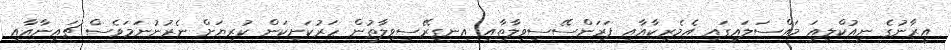
އީރާނުގެ ނިއުކްލިއަ މައްސަލައިގައި އެމެރިކާއާއި ފަރަންސޭސިވިލާތާއި އިނގިރޭސިވިލާތުން ހަރުކަށިކަން ކުރިޔަށް ނެރުނުނަމަވެސް ޗައިނާއާއި